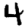
Digit: 4